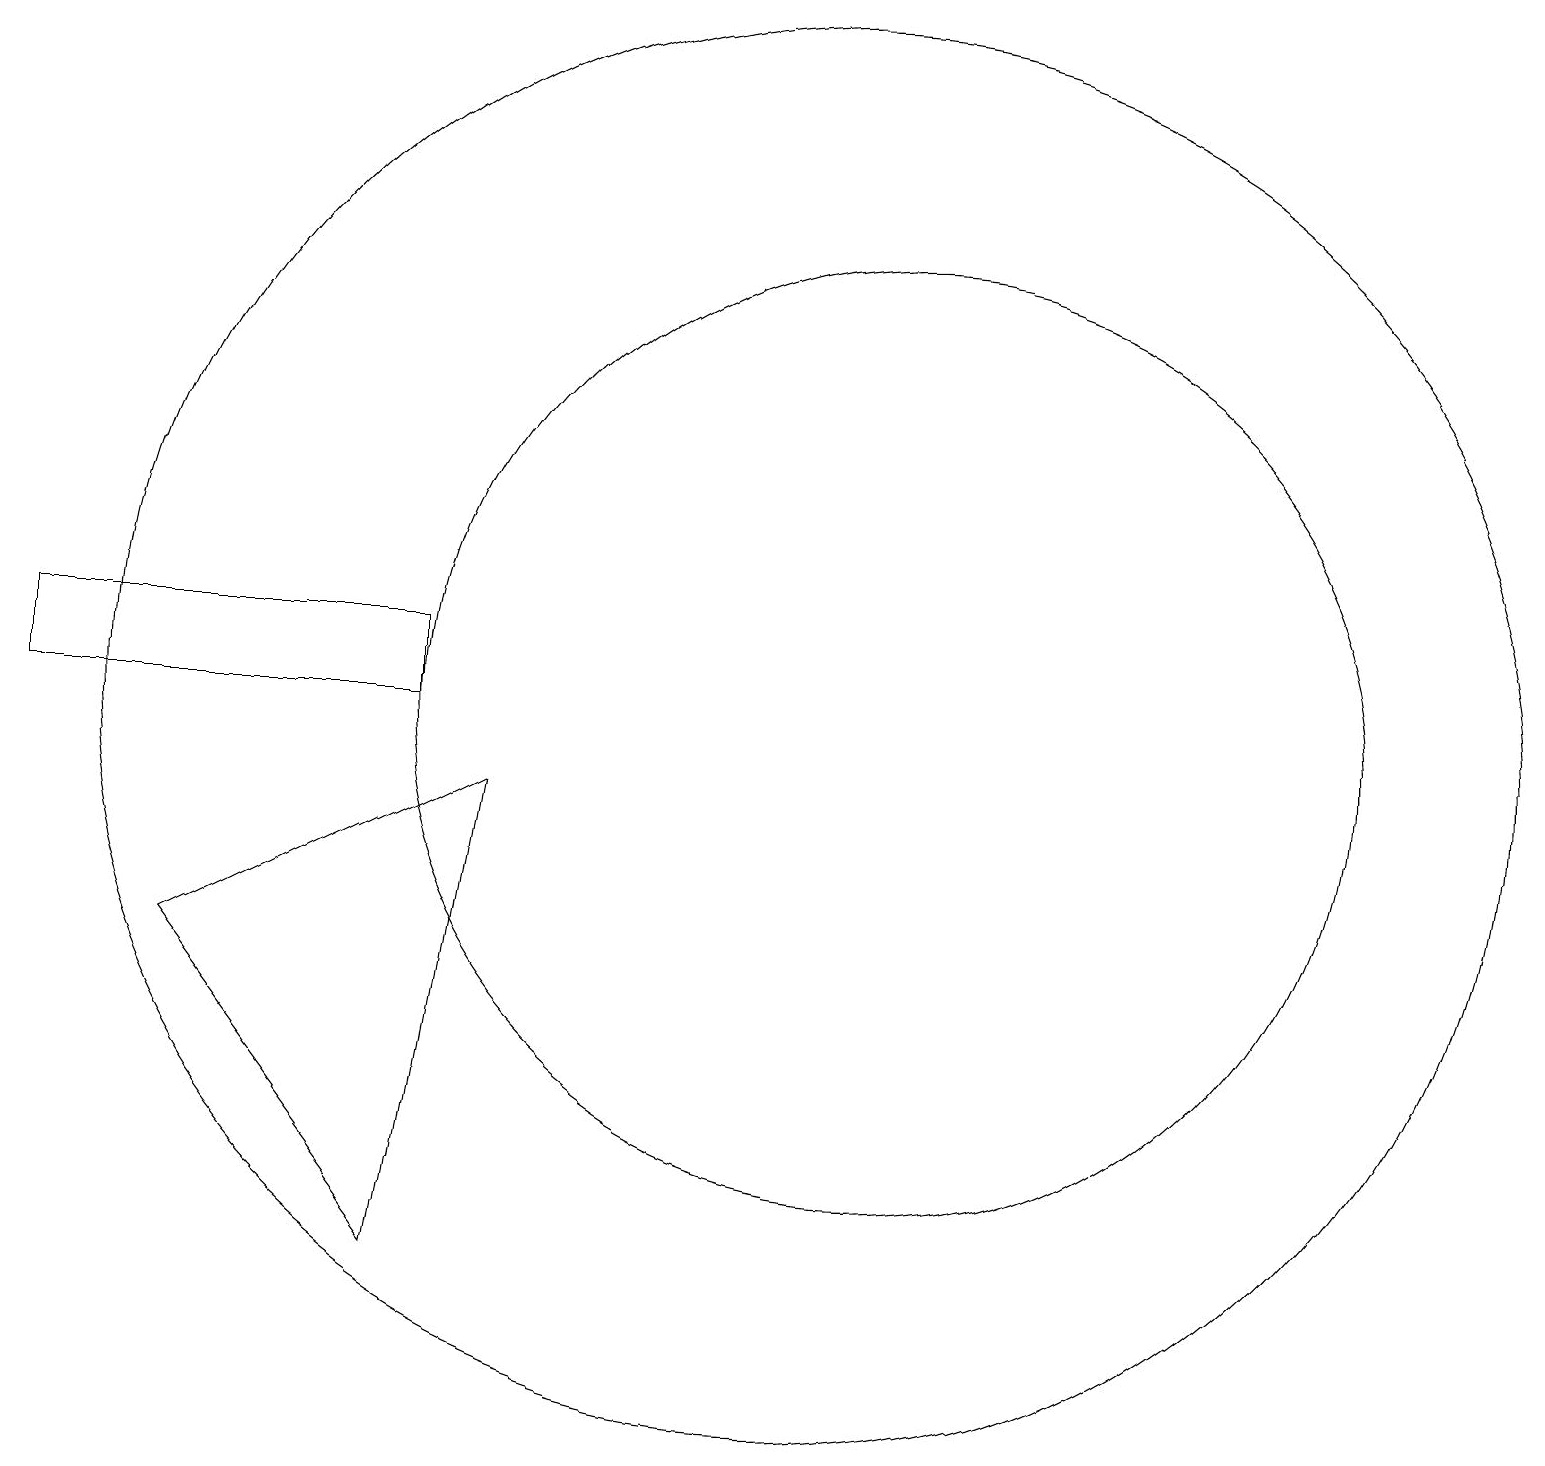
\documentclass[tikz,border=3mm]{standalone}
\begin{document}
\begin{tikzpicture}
\draw (12,10) circle (6);
\draw (6,3) -- (7,9) -- (3,7) -- cycle;
\draw (1,10) rectangle (6,11);
\draw (11,10) circle (9);
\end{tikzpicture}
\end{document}